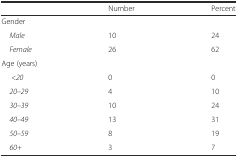
|  | Number | Percent |
 | --- | --- | --- |
 | <COLSPAN=3> Gender |
 | Male | 10 | 24 |
 | Female | 26 | 62 |
 | <COLSPAN=3> Age (years) |
 | <20 | 0 | 0 |
 | 20–29 | 4 | 10 |
 | 30–39 | 10 | 24 |
 | 40–49 | 13 | 31 |
 | 50–59 | 8 | 19 |
 | 60+ | 3 | 7 |